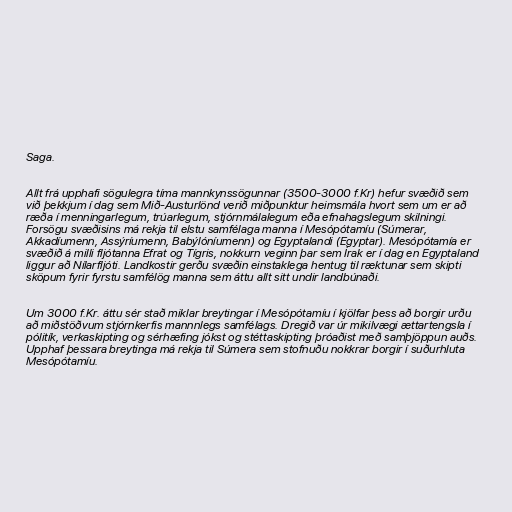
Saga.

Allt frá upphafi sögulegra tíma mannkynssögunnar (3500-3000 f.Kr) hefur svæðið sem
við þekkjum í dag sem Mið-Austurlönd verið miðpunktur heimsmála hvort sem um er að
ræða í menningarlegum, trúarlegum, stjórnmálalegum eða efnahagslegum skilningi.
Forsögu svæðisins má rekja til elstu samfélaga manna í Mesópótamíu (Súmerar,
Akkadíumenn, Assýríumenn, Babýlóníumenn) og Egyptalandi (Egyptar). Mesópótamía er
svæðið á milli fljótanna Efrat og Tígris, nokkurn veginn þar sem Írak er í dag en Egyptaland
liggur að Nílarfljóti. Landkostir gerðu svæðin einstaklega hentug til ræktunar sem skipti
sköpum fyrir fyrstu samfélög manna sem áttu allt sitt undir landbúnaði.

Um 3000 f.Kr. áttu sér stað miklar breytingar í Mesópótamíu í kjölfar þess að borgir urðu
að miðstöðvum stjórnkerfis mannnlegs samfélags. Dregið var úr mikilvægi ættartengsla í
pólitík, verkaskipting og sérhæfing jókst og stéttaskipting þróaðist með samþjöppun auðs.
Upphaf þessara breytinga má rekja til Súmera sem stofnuðu nokkrar borgir í suðurhluta
Mesópótamíu.